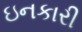
ઇનકારી